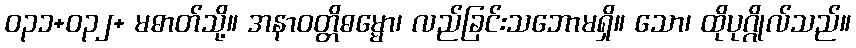
ဝ၃၁+၀၃၂+ မဓာတ်သို့။ အနာဝတ္တိဓမ္မော၊ လည်ခြင်းသဘောမရှိ။ သော၊ ထိုပုဂ္ဂိုလ်သည်။